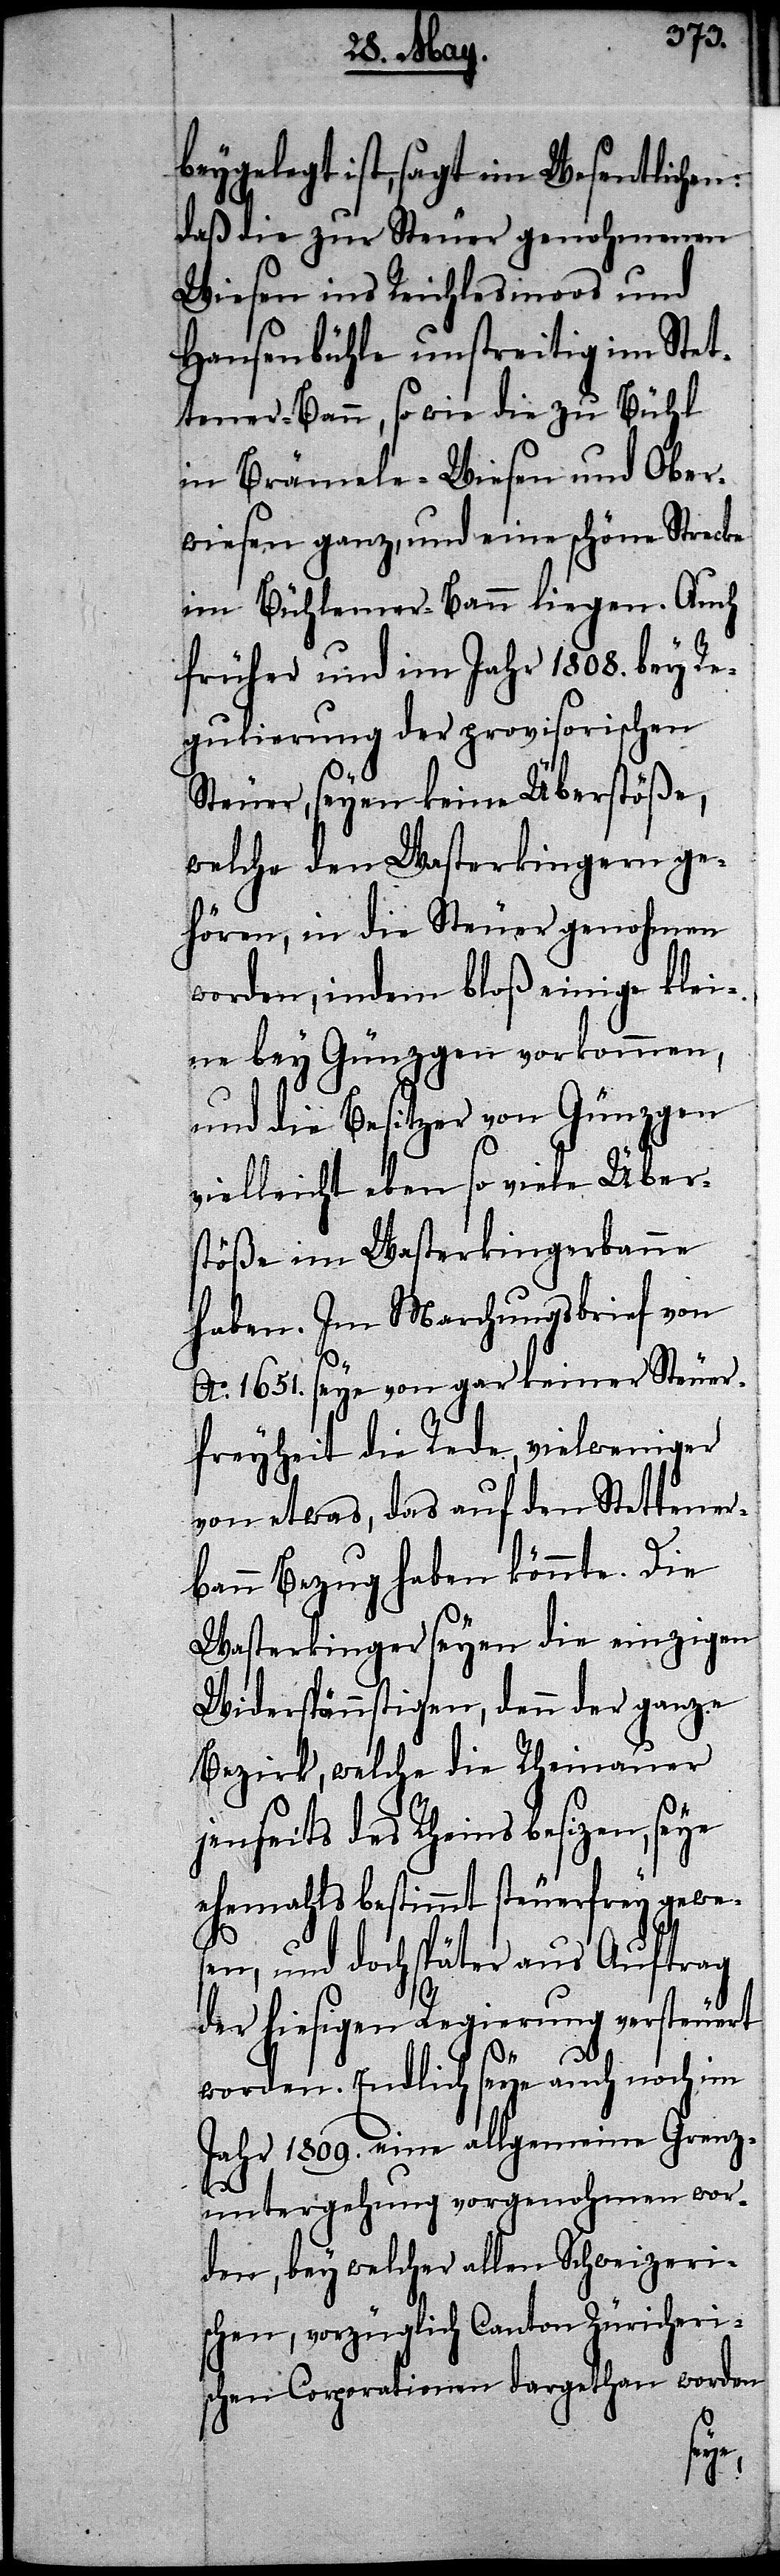
beygelegt ist, sagt im Wesentlichen:
daß die zur Steuer genohmenen
Wiesen ins Reichlesmoos und
Hausenbühle unstreitig im Stet¬
tener-Bann, so wie die zu Bühl
in Brämele-Wiesen und Ober¬
wiesen ganz, und eine schöne Strecke
im Bühlemer-Bann liegen. Auch
früher und im Jahr 1808. bey Re¬
gulierung der provisorischen
Steuer, seyen keine Überstöße,
welche den Wasterkingern ge¬
hören, in die Steuer genohmen
worden, indem bloß einige klei¬
ne bey Günzgen vorkommen,
und die Besitzer von Günzgen
vielleicht eben so viele Über¬
stöße im Wasterkingerbanne
haben. Im Marchungsbrief von
Ao. 1651. seye von gar keiner Steuer¬
freyheit die Rede, vielweniger
von etwas, das auf den Stettener¬
bann Bezug haben könnte. Die
Wasterkinger seyen die einzigen
Widerspännigsten, denn der ganze
Bezirk, welche die Rheinauer
jenseits des Rheins besizen, seye
ehemahls bestimmt steuerfrey gewe¬
sen, und doch später aus Auftrag
der hiesigen Regierung versteuert
worden. Endlich seye auch noch im
Jahr 1809. eine allgemeine Grenz¬
untergehung vorgenohmen wor¬
den, bey welcher allen Schweizeris¬
chen Corporationen dargethan worden